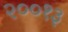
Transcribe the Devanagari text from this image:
२००१३